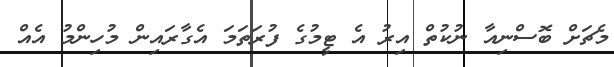
މެޗަށް ބޮސްނިއާ ނުކުތް އިރު އެ ޓީމުގެ ފުރަތަމަ އެގާރައިން މުހިންމު އެއް